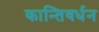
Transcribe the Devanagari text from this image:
कान्तिवर्धन